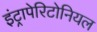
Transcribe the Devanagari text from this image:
इंट्रापेरिटोनियल